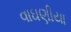
વાઘણીયા